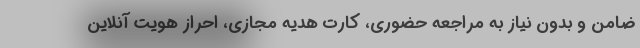
ضامن و بدون نیاز به مراجعه حضوری، کارت هدیه مجازی، احراز هویت آنلاین